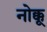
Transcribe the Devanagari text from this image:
नोक्कू